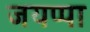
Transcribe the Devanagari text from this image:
जयप्पा